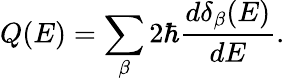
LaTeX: Q(E)=\sum_{\beta}2\hbar\frac{d\delta_{\beta}(E)}{dE}.